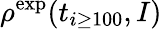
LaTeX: \rho^{\mathrm{exp}}(t_{i\geq 100},I)